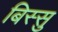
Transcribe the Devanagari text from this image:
बिस्सु